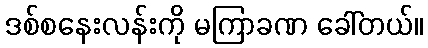
ဒစ်စနေးလန်းကို မကြာခဏ ခေါ်တယ်။